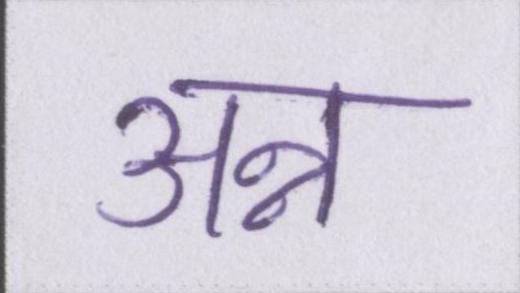
अन्न